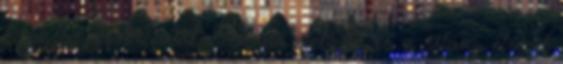
havi fogyasztásával. Az ülő életmód és a silány étrend